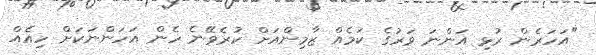
"އަހަރެން ރުޅި އަންނަ ވަރުގެ ކަމެއް ޒާމިންއަށް ކުރެވޭނެ ހެން އަހަންނަކަށް ހިއެއް